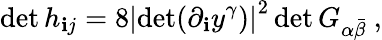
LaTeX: \operatorname*{det}h_{\mathbf{i}j}=8\left|\operatorname*{det}(\partial_{\mathbf{i}}y^{\gamma})\right|^{2}\operatorname*{det}G_{\alpha\bar{{\beta}}}\ ,